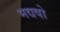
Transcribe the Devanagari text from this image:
मद्यषो